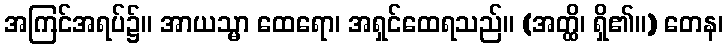
အကြင်အရပ်၌။ အာယသ္မာ ထေရော၊ အရှင်ထေရသည်။ (အတ္ထိ၊ ရှိ၏။) တေန၊